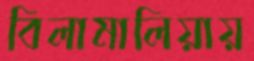
বিলামালিয়ায়